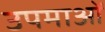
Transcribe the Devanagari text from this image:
उपमाआें